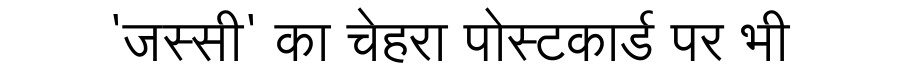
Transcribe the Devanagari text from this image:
'जस्सी' का चेहरा पोस्टकार्ड पर भी